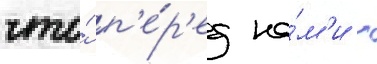
что́ п'е́р'ед на́м'и -